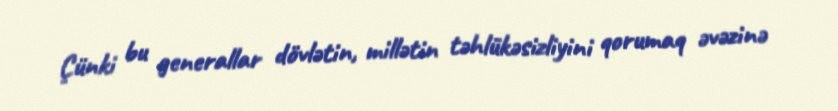
Çünki bu generallar dövlətin, millətin təhlükəsizliyini qorumaq əvəzinə